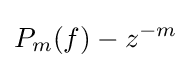
\displaystyle P_{m}(f)-z^{-m}